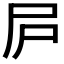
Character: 𡰲